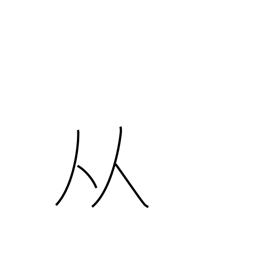
Meaning: two people